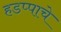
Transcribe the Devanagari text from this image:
हडप्पाचे